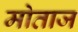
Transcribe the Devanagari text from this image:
मोताज